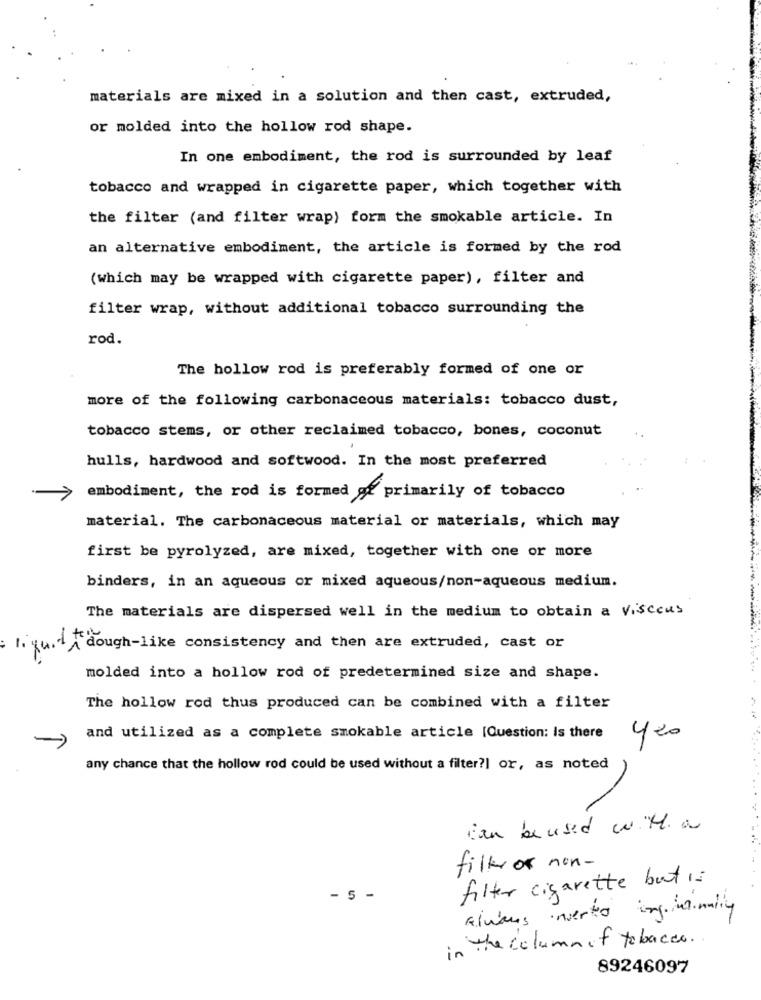
materials are mixed in a solution and then cast, extruded,
or molded into the hollow rod shape.
In one embodiment, the rod is surrounded by leaf
tobacco and wrapped in cigarette paper, which together with
the filter (and filter wrap) form the smokable article. In
an alternative embodiment, the article is formed by the rod
(which may be wrapped with cigarette paper), filter and
filter wrap, without additional tobacco surrounding the
rod.
The hollow rod is preferably formed of one or
more of the following carbonaceous materials: tobacco dust,
tobacco stems, or other reclaimed tobacco, bones, coconut
hulls, hardwood and softwood. In the most preferred
embodiment, the rod is formed of primarily of tobacco
7
material. The carbonaceous material or materials, which may
first be pyrolyzed, are mixed, together with one or more
binders, in an aqueous or mixed aqueous/non-aqueous medium.
The materials are dispersed well in the medium to obtain a viscous
1. juli dough-like consistency and then are extruded, cast or
molded into a hollow rod of predetermined size and shape.
The hollow rod thus produced can be combined with a filter
->
and utilized as a complete smokable article [Question: Is there
420
any chance that the hollow rod could be used without a filter?| or, as noted
Can be used w. M.a
filk or non-
filter cigarette but is
- 5 -
always inverted inginemaily
in the column of tobacco ..
89246097